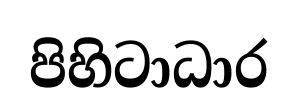
පිහිටාධාර